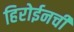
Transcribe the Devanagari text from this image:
हिरोईनची